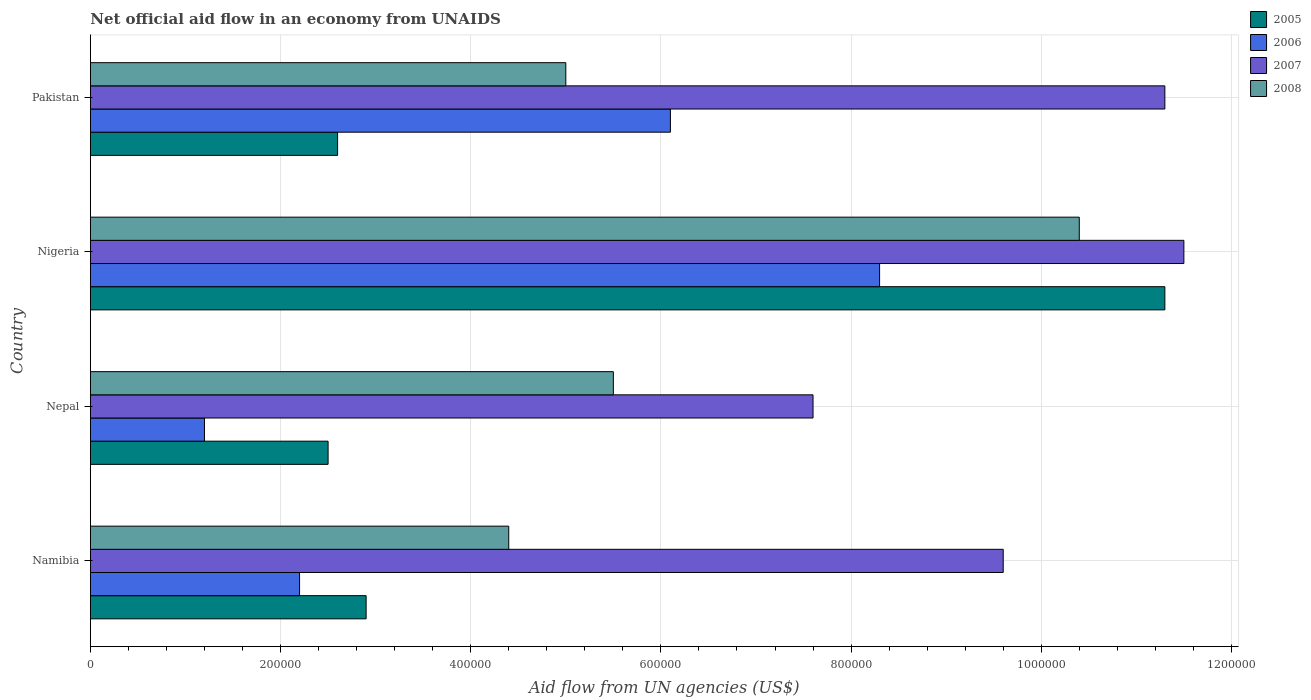
| Country | 2005 | 2006 | 2007 | 2008 |
 | --- | --- | --- | --- | --- |
 | Namibia | 2.9e+05 | 2.2e+05 | 9.6e+05 | 4.4e+05 |
 | Nepal | 2.5e+05 | 1.2e+05 | 7.6e+05 | 5.5e+05 |
 | Nigeria | 1.13e+06 | 8.3e+05 | 1.15e+06 | 1.04e+06 |
 | Pakistan | 2.6e+05 | 6.1e+05 | 1.13e+06 | 5e+05 |